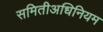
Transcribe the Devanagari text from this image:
समितीअधिनियम